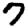
Digit: 7